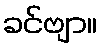
ခင်ဗျာ။